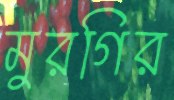
মুরগির